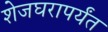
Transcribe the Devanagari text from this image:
शेजघरापर्यंत